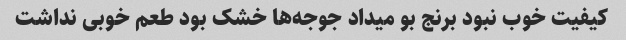
کیفیت خوب نبود برنج بو میداد جوجه‌ها خشک بود طعم خوبی نداشت